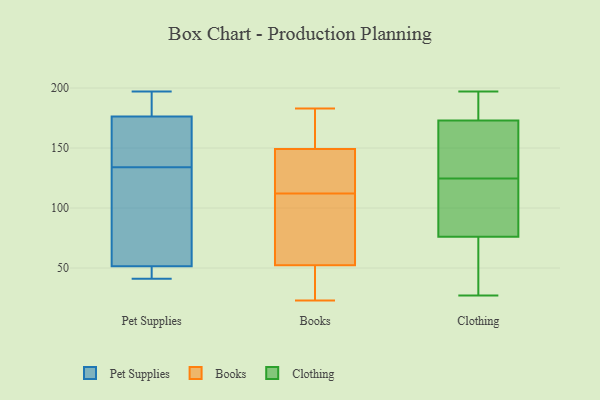
{"axis": {"x": "Headcount", "y": "Value"}, "legend": ["Books", "Clothing", "Pet Supplies"], "data": [{"x": "", "y": 165, "type": "Pet Supplies"}, {"x": "", "y": 41, "type": "Pet Supplies"}, {"x": "", "y": 59, "type": "Pet Supplies"}, {"x": "", "y": 45, "type": "Pet Supplies"}, {"x": "", "y": 180, "type": "Pet Supplies"}, {"x": "", "y": 134, "type": "Pet Supplies"}, {"x": "", "y": 84, "type": "Pet Supplies"}, {"x": "", "y": 145, "type": "Pet Supplies"}, {"x": "", "y": 181, "type": "Pet Supplies"}, {"x": "", "y": 197, "type": "Pet Supplies"}, {"x": "", "y": 49, "type": "Pet Supplies"}, {"x": "", "y": 30, "type": "Books"}, {"x": "", "y": 51, "type": "Books"}, {"x": "", "y": 151, "type": "Books"}, {"x": "", "y": 56, "type": "Books"}, {"x": "", "y": 178, "type": "Books"}, {"x": "", "y": 121, "type": "Books"}, {"x": "", "y": 155, "type": "Books"}, {"x": "", "y": 40, "type": "Books"}, {"x": "", "y": 104, "type": "Books"}, {"x": "", "y": 70, "type": "Books"}, {"x": "", "y": 183, "type": "Books"}, {"x": "", "y": 23, "type": "Books"}, {"x": "", "y": 87, "type": "Books"}, {"x": "", "y": 163, "type": "Books"}, {"x": "", "y": 131, "type": "Books"}, {"x": "", "y": 137, "type": "Books"}, {"x": "", "y": 112, "type": "Books"}, {"x": "", "y": 144, "type": "Books"}, {"x": "", "y": 45, "type": "Books"}, {"x": "", "y": 27, "type": "Clothing"}, {"x": "", "y": 120, "type": "Clothing"}, {"x": "", "y": 187, "type": "Clothing"}, {"x": "", "y": 141, "type": "Clothing"}, {"x": "", "y": 42, "type": "Clothing"}, {"x": "", "y": 34, "type": "Clothing"}, {"x": "", "y": 33, "type": "Clothing"}, {"x": "", "y": 110, "type": "Clothing"}, {"x": "", "y": 129, "type": "Clothing"}, {"x": "", "y": 135, "type": "Clothing"}, {"x": "", "y": 173, "type": "Clothing"}, {"x": "", "y": 93, "type": "Clothing"}, {"x": "", "y": 192, "type": "Clothing"}, {"x": "", "y": 173, "type": "Clothing"}, {"x": "", "y": 197, "type": "Clothing"}, {"x": "", "y": 90, "type": "Clothing"}, {"x": "", "y": 159, "type": "Clothing"}, {"x": "", "y": 76, "type": "Clothing"}]}